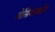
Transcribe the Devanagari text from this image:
रोसियस्कोय